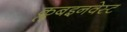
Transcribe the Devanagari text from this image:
क्लबइनवेस्ट